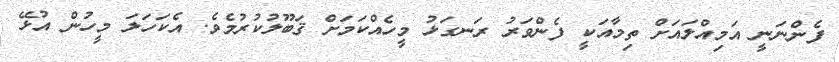
ފެންނަނީ އަމިއްލައަށް ތިމާއަކީ ފެންވަރު ރަނގަޅު މީހެއްކަމަށް ޤަބޫލުކުރުމެވެ. އެކަހަލަ މީހުން އުޅޭ